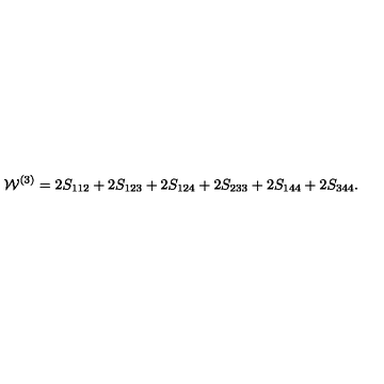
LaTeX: { \cal W } ^ { ( 3 ) } = 2 S _ { 1 1 2 } + 2 S _ { 1 2 3 } + 2 S _ { 1 2 4 } + 2 S _ { 2 3 3 } + 2 S _ { 1 4 4 } + 2 S _ { 3 4 4 } .